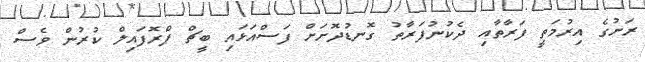
ރަށުގެ އިރުމަތީ ފަރާތާއި ދެކުނުފަރާތު ގޮނޑުދޮށަށް ފަސްއަޅައި ބީޗް ޕްރޮފައިލް ކުރުން ވެސް